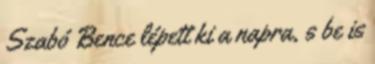
Szabó Bence lépett ki a napra, s be is